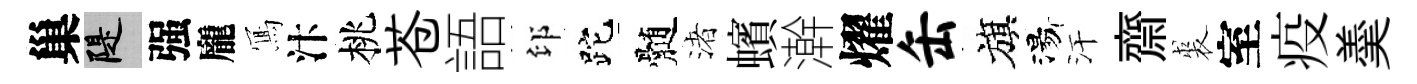
巢堤强龐𭂁汴桃苍語印跎髄渚蠙澣燿缶旗湯汗齋裘室疫羮